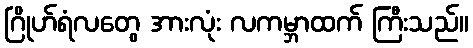
ဂြိုဟ်ရံလတွေ အားလုံး လကမ္ဘာထက် ကြီးသည်။